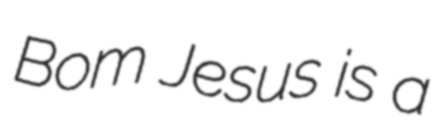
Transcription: Bom Jesus is a